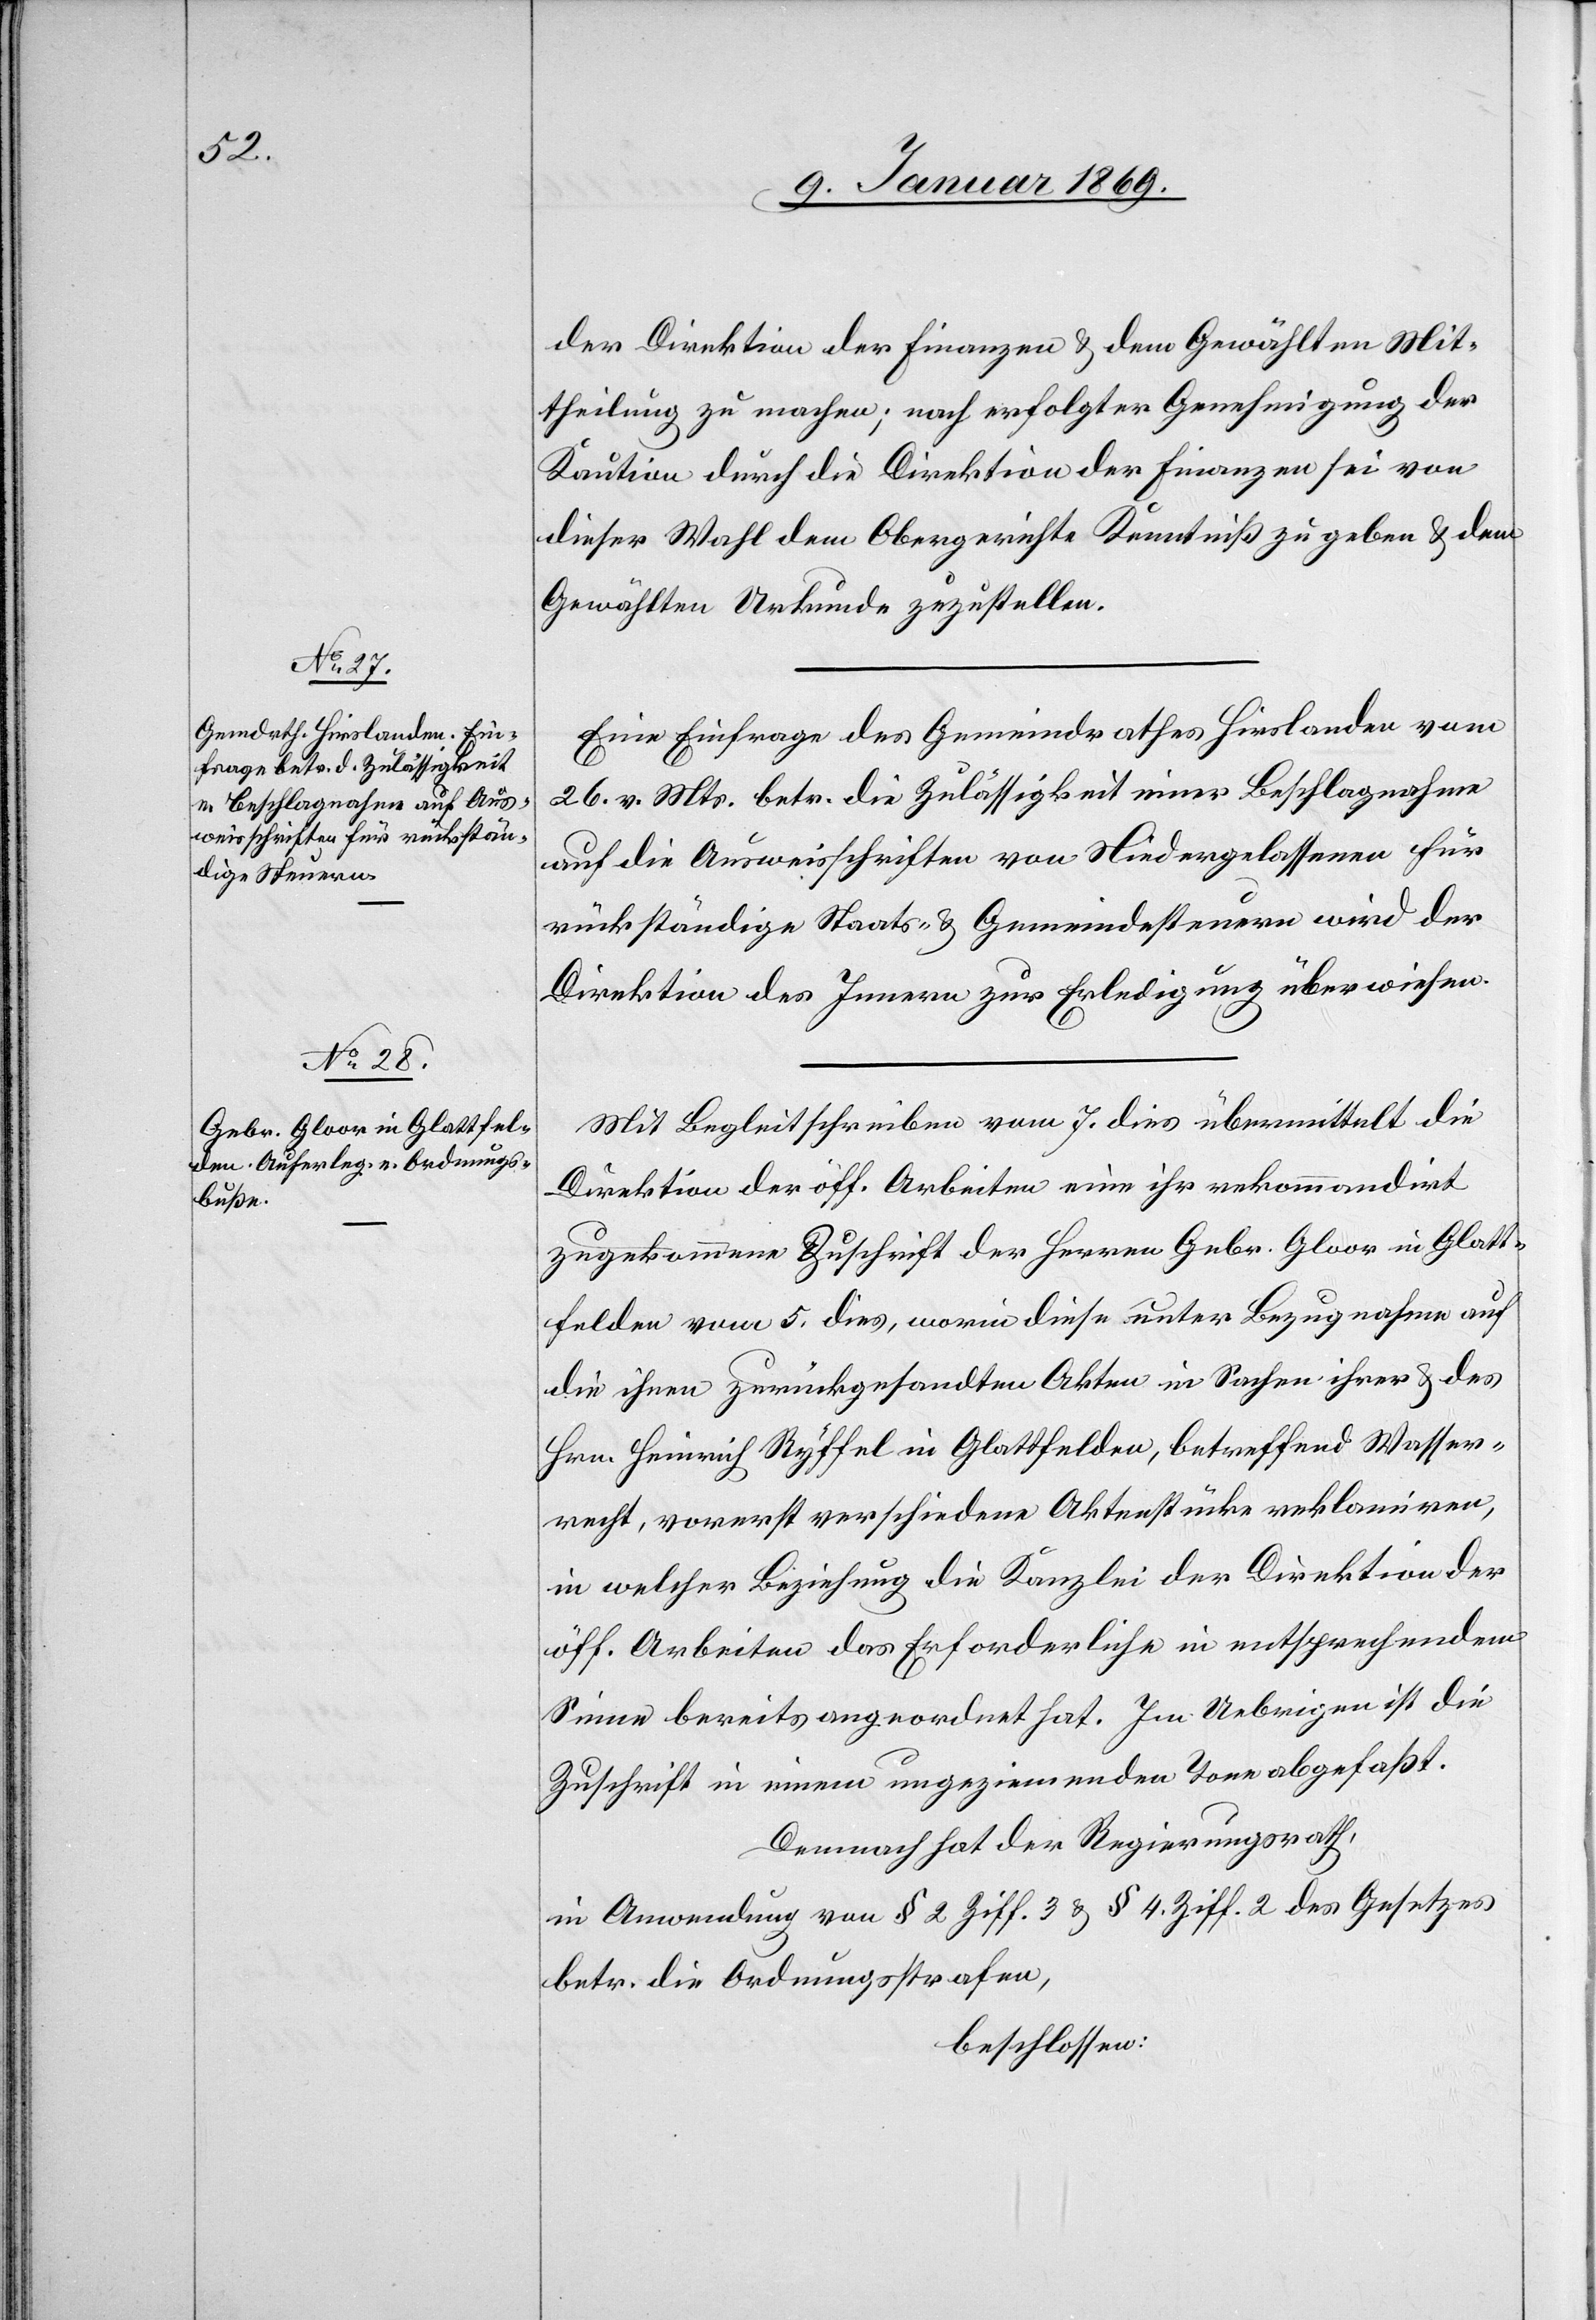
der Direktion der Finanzen u. dem Gewählten Mit¬
theilung zu machen; nach erfolgter Genehmigung der
Kaution durch die Direktion der Finanzen sei von
dieser Wahl dem Obergerichte Kenntniß zu geben u. dem
Gewählten Urkunde zuzustellen.
Eine Einfrage des Gemeindrathes Hirslanden vom
26. v. Mts. betr. die Zulässigkeit einer Beschlagnahme
auf die Ausweisschriften von Niedergelassenen für
rückständige Staats- u. Gemeindesteuern wird der
Direktion der Innern zur Erledigung überwiesen.
Mit Begleitschreiben vom 7 dies übermittelt die
Direktion der öff. Arbeiten eine ihr rekommandirt
zugekommene Zuschrift der Herrn Gebr. Gloor in Glatt¬
felden vom 5. dies, worin diese unter Bezugnahme auf
die ihren zurückgesandten Akten in Sachen ihrer u. des
Hrn. Heinrich Ryffel in Glattfelden, betreffend Wasser¬
recht, vorerst verschiedene Aktenstücke reklamiren,
in welcher Beziehung die Kanzlei der Direktion der
öff. Arbeiten das Erforderliche in entsprechendem
Sinne bereits angeordnet hat. Im Uebrigen ist die
Zuschrift in einem ungeziemenden Tone abgefaßt.
Demnach hat der Regierungsrath,
in Anwendung von § 2 Ziff. 3 u. § 4. Ziff. 2 des Gesetzes
betr. die Ordnungsstrafen,
beschlossen: